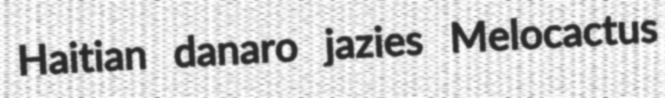
Haitian danaro jazies Melocactus